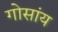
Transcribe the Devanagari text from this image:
गोसांय